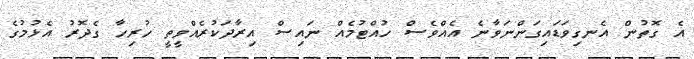
އެ ގޮތުން އެނގިވަޑައިގަންނަވާނެ އެއްވެސް ހުއްޓުމެއް ނައިސް އިރާދަކުރެއްވީތީ ހުރިހާ ގެދޮރު އެޅުމުގެ